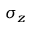
\sigma _ { z }